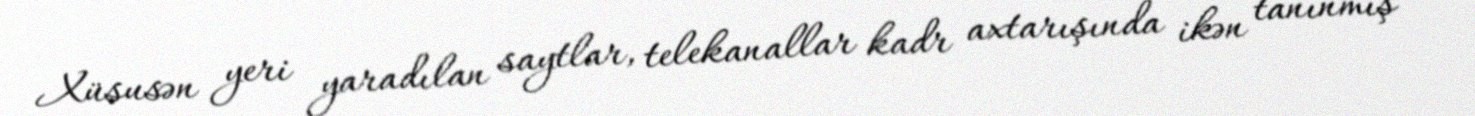
Xüsusən yeri yaradılan saytlar, telekanallar kadr axtarışında ikən tanınmış